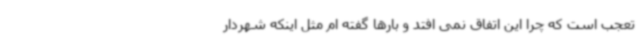
تعجب است که چرا این اتفاق نمی افتد و بارها گفته ام مثل اینکه شهردار